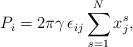
LaTeX: \begin{align*}P_{i}=2\pi \gamma \, \epsilon_{ij}\sum_{s=1}^{N}x_{j}^{s},\end{align*}